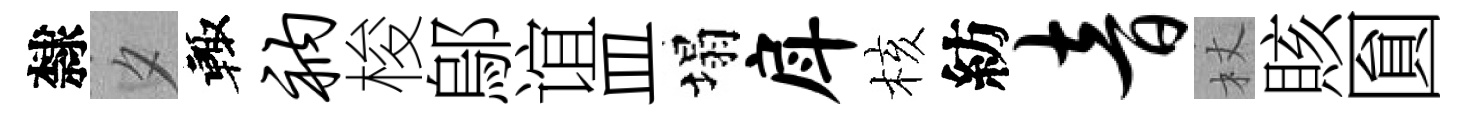
隸夕輙衲梭鄔谊皿塌戽核紡音杖賅圎